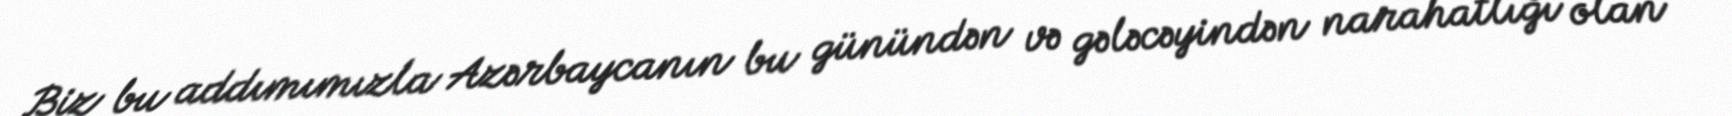
Biz bu addımımızla Azərbaycanın bu günündən və gələcəyindən narahatlığı olan